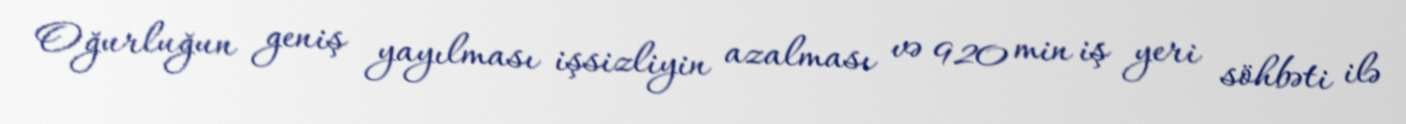
Oğurluğun geniş yayılması işsizliyin azalması və 920 min iş yeri söhbəti ilə